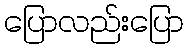
ပြောလည်းပြော